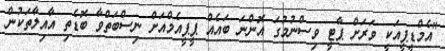
"އެމްޑީޕީއަކީ ވަރަށް ޕާޓީ ވިސްނުމުގަ އޮންނަ ބައެއް ޕީޕީއެމްއަށް ނިސްބަތްވާ ބޮޑެތި އާއިލާތަކުން